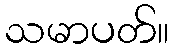
သမာပတ်။